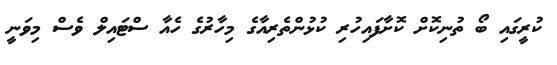
ކުރީގައި ބޯ ތުނިކޮށް ކޮށާފައިހުރި ކުޅުންތެރިއާގެ މިހާރުގެ ހެއާ ސްޓައިލް ވެސް މިވަނީ